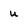
Character: u